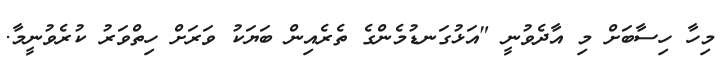
މިހާ ހިސާބަށް މި އާދެވުނީ "އަޅުގަނޑުމެންގެ ތެރެއިން ބަޔަކު ވަރަށް ހިތްވަރު ކުރެވުނީމާ.